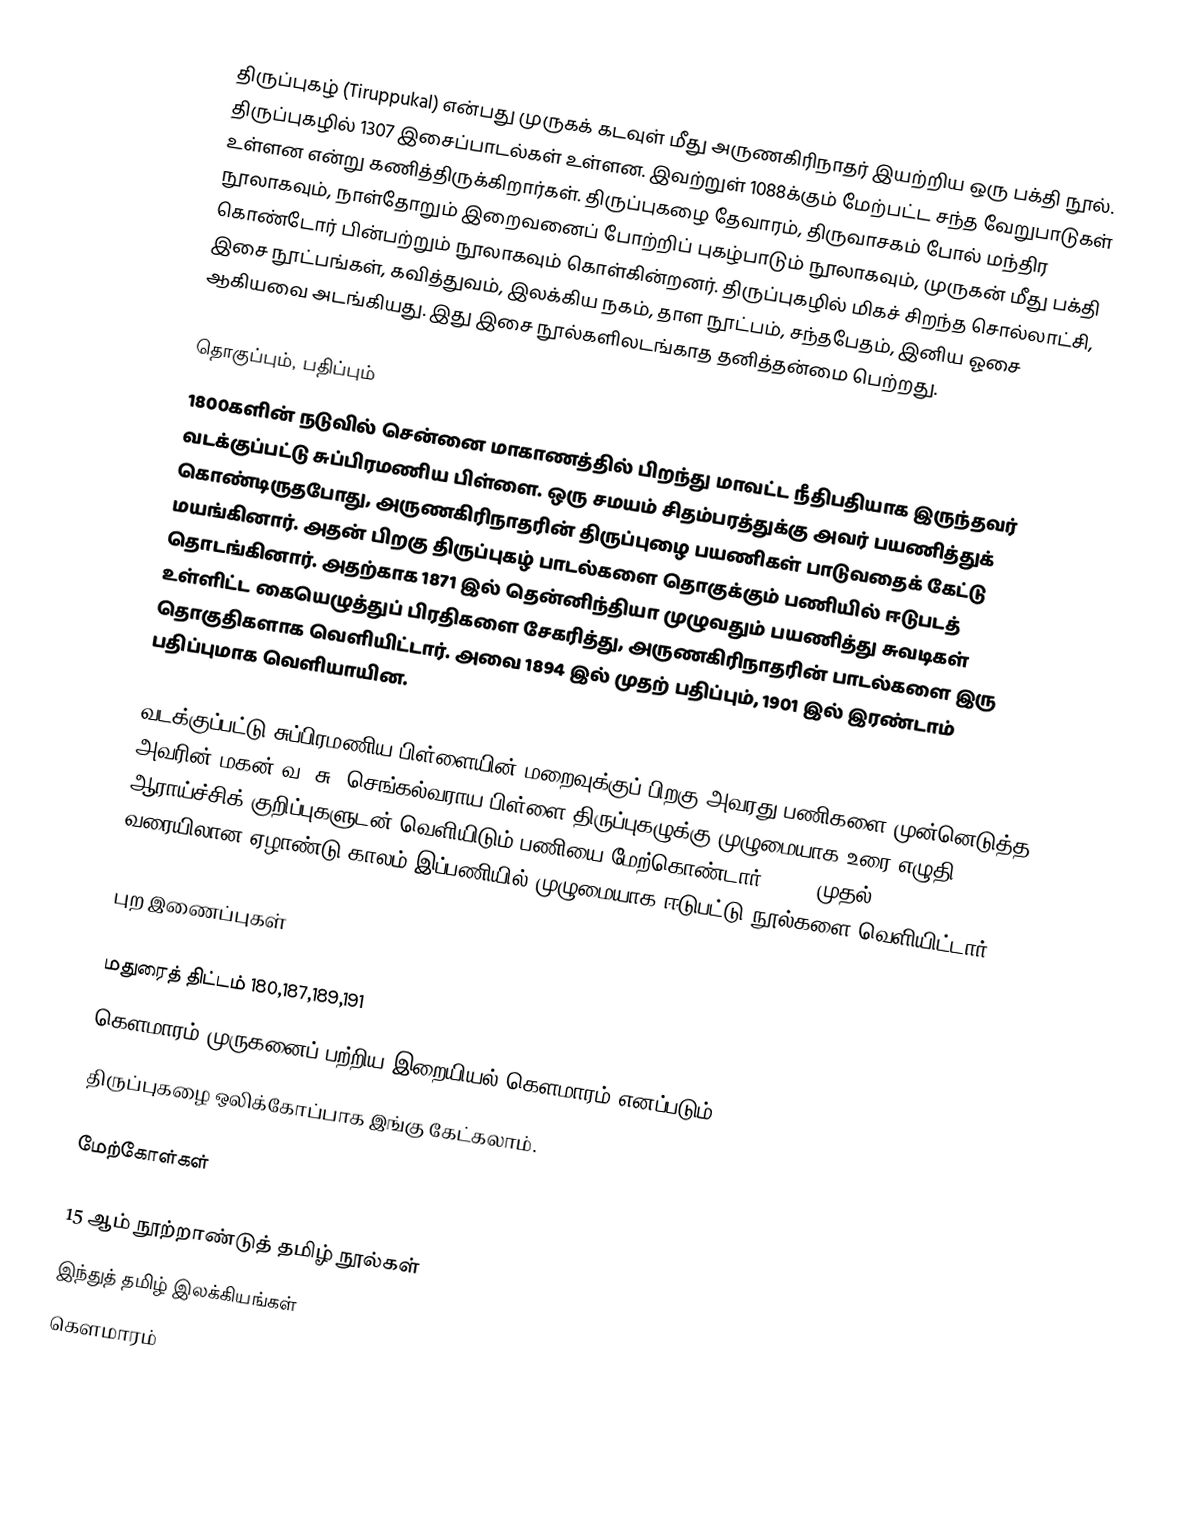
திருப்புகழ் (Tiruppukal) என்பது முருகக் கடவுள் மீது அருணகிரிநாதர் இயற்றிய ஒரு பக்தி நூல். திருப்புகழில் 1307 இசைப்பாடல்கள் உள்ளன. இவற்றுள் 1088க்கும் மேற்பட்ட சந்த வேறுபாடுகள் உள்ளன என்று கணித்திருக்கிறார்கள். திருப்புகழை தேவாரம், திருவாசகம் போல் மந்திர நூலாகவும், நாள்தோறும் இறைவனைப் போற்றிப் புகழ்பாடும் நூலாகவும், முருகன் மீது பக்தி கொண்டோர் பின்பற்றும் நூலாகவும் கொள்கின்றனர். திருப்புகழில் மிகச் சிறந்த சொல்லாட்சி,  இசை நூட்பங்கள், கவித்துவம், இலக்கிய நகம், தாள நூட்பம், சந்தபேதம், இனிய ஓசை ஆகியவை அடங்கியது. இது இசை நூல்களிலடங்காத தனித்தன்மை பெற்றது.

தொகுப்பும், பதிப்பும்
1800களின் நடுவில் சென்னை மாகாணத்தில் பிறந்து மாவட்ட நீதிபதியாக இருந்தவர் வடக்குப்பட்டு சுப்பிரமணிய பிள்ளை. ஒரு சமயம் சிதம்பரத்துக்கு அவர் பயணித்துக் கொண்டிருதபோது, அருணகிரிநாதரின் திருப்புழை பயணிகள் பாடுவதைக் கேட்டு மயங்கினார். அதன் பிறகு திருப்புகழ் பாடல்களை தொகுக்கும் பணியில் ஈடுபடத் தொடங்கினார். அதற்காக 1871 இல் தென்னிந்தியா முழுவதும் பயணித்து சுவடிகள் உள்ளிட்ட கையெழுத்துப் பிரதிகளை சேகரித்து, அருணகிரிநாதரின் பாடல்களை இரு தொகுதிகளாக வெளியிட்டார். அவை 1894 இல் முதற் பதிப்பும், 1901 இல் இரண்டாம் பதிப்புமாக வெளியாயின.

வடக்குப்பட்டு சுப்பிரமணிய பிள்ளையின் மறைவுக்குப் பிறகு அவரது பணிகளை முன்னெடுத்த அவரின் மகன் வ. சு. செங்கல்வராய பிள்ளை திருப்புகழுக்கு முழுமையாக உரை எழுதி ஆராய்ச்சிக் குறிப்புகளுடன் வெளியிடும் பணியை மேற்கொண்டார். 1950 முதல் 1958 வரையிலான ஏழாண்டு காலம் இப்பணியில் முழுமையாக ஈடுபட்டு நூல்களை வெளியிட்டார்.

புற இணைப்புகள்

மதுரைத் திட்டம் 180,187,189,191
கௌமாரம்(முருகனைப் பற்றிய இறையியல் கௌமாரம் எனப்படும்)
திருப்புகழை ஒலிக்கோப்பாக இங்கு கேட்கலாம்.

மேற்கோள்கள்

15 ஆம் நூற்றாண்டுத் தமிழ் நூல்கள்
இந்துத் தமிழ் இலக்கியங்கள்
கௌமாரம்